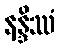
နန္ဒိဿံ